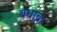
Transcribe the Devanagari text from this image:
बधाबा